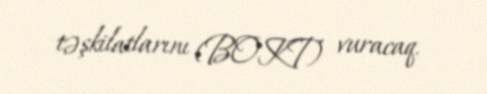
təşkilatlarını (BOKT) vuracaq.